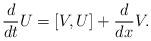
LaTeX: \begin{align*} \frac{d}{dt} U = [V, U] + \frac{d}{dx} V.\end{align*}